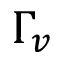
\Gamma _ { v }